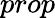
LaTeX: prop